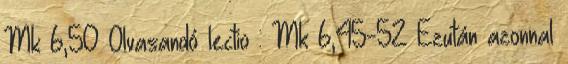
Mk 6,50 Olvasandó lectio : Mk 6,45-52 Ezután azonnal